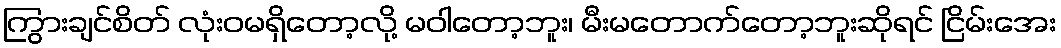
ကြွားချင်စိတ် လုံးဝမရှိတော့လို့ မဝါတော့ဘူး၊ မီးမတောက်တော့ဘူးဆိုရင် ငြိမ်းအေး